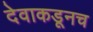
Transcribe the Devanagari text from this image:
देवाकडूनच